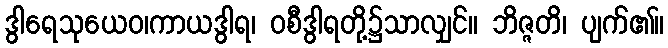
ဒွါရေသုယေဝ၊ကာယဒွါရ၊ ဝစီဒွါရတို့၌သာလျှင်။ ဘိဇ္ဇတိ၊ ပျက်၏။